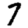
Digit: 7